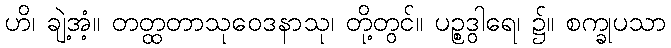
ဟိ၊ ချဲ့အံ့။ တတ္ထတာသုဝေဒနာသု၊ တို့တွင်။ ပဉ္စဒွါရေ၊ ၌။ စက္ခုပသာ